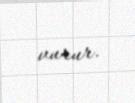
vurur.